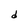
Character: d